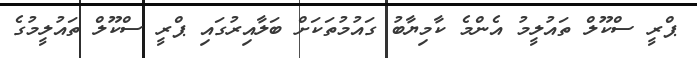
ޕްރީ ސްކޫލް ތައުލީމު އެންމެ ކާމިޔާބު ގައުމުތަކަށް ބަލާއިރުގައި ޕްރީ ސްކޫލް ތައުލީމުގެ